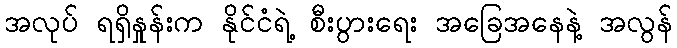
အလုပ် ရရှိနှုန်းက နိုင်ငံရဲ့ စီးပွားရေး အခြေအနေနဲ့ အလွန်